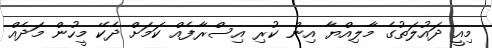
މިއީ ދައުލަތުގެ މާލިއްޔާ އިން ކުރި އިސްރާފެއް ކަމަށް ދެކޭ މީހުން މަދެއް